Civil Veterinary Department Bihar & Orissa reports 1922-29 - 1922-1929
Year: 1922
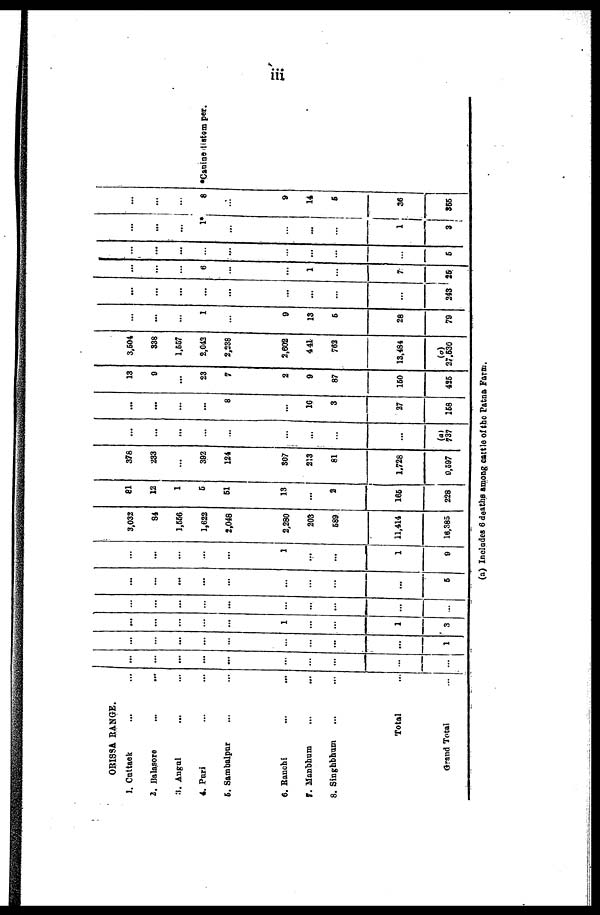
ORISSA RANGE.
1. Cuttack ... ...
2.
Balasore
...
...
3. Angul ... ...
4. Pari ... ...
5. Sambalpur ... ...
6. Ranchi ... ...
7. Manbhum ... ...
8. Singhbhum ... ...
Total ...
Grand Total
...
...
...
...
...
...
...
...
...
...
...
...
...
...
...
...
...
...
...
1
...
...
...
...
...
1
...
...
1
3
...
...
...
...
...
...
...
...
...
...
...
...
...
...
...
...
...
5
...
...
...
...
...
...
...
...
1
9
3,032
94
1,556
1,622
2,048
2,280
203
589
11,414
16,385
81
12
1
5
61
13
...
2
165
228
378
233
...
392
124
807
213
81
1.728
0,597
...
...
...
...
...
...
...
(a)
737
...
...
...
...
8
10
3
27
168
13
9
...
23
7
2
9
87
150
425
3,604
338
1,557
2,043
2,238
2,602
441
762
13,484
37,630
...
...
...
1
...
9
13
6
28
79
...
...
...
...
...
...
...
...
...
243
...
...
...
6
...
...
1
...
7
26
...
...
...
...
...
...
...
...
...
5
...
...
...
1*
...
...
...
...
1
3
...
...
...
8
...
9
14
6
36
365
*Canine linstom per.
(a) Includes 6 deaths among cattle of the Patna Farm.